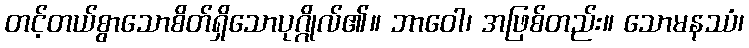
တင့်တယ်စွာသောစိတ်ရှိသောပုဂ္ဂိုလ်၏။ ဘာဝေါ၊ အဖြစ်တည်း။ သောမနဿံ၊